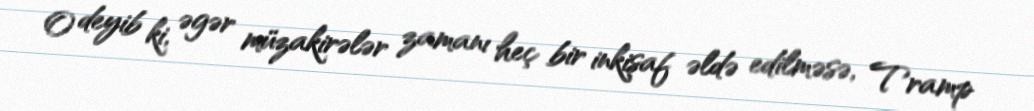
O deyib ki, əgər müzakirələr zamanı heç bir inkişaf əldə edilməsə, Tramp